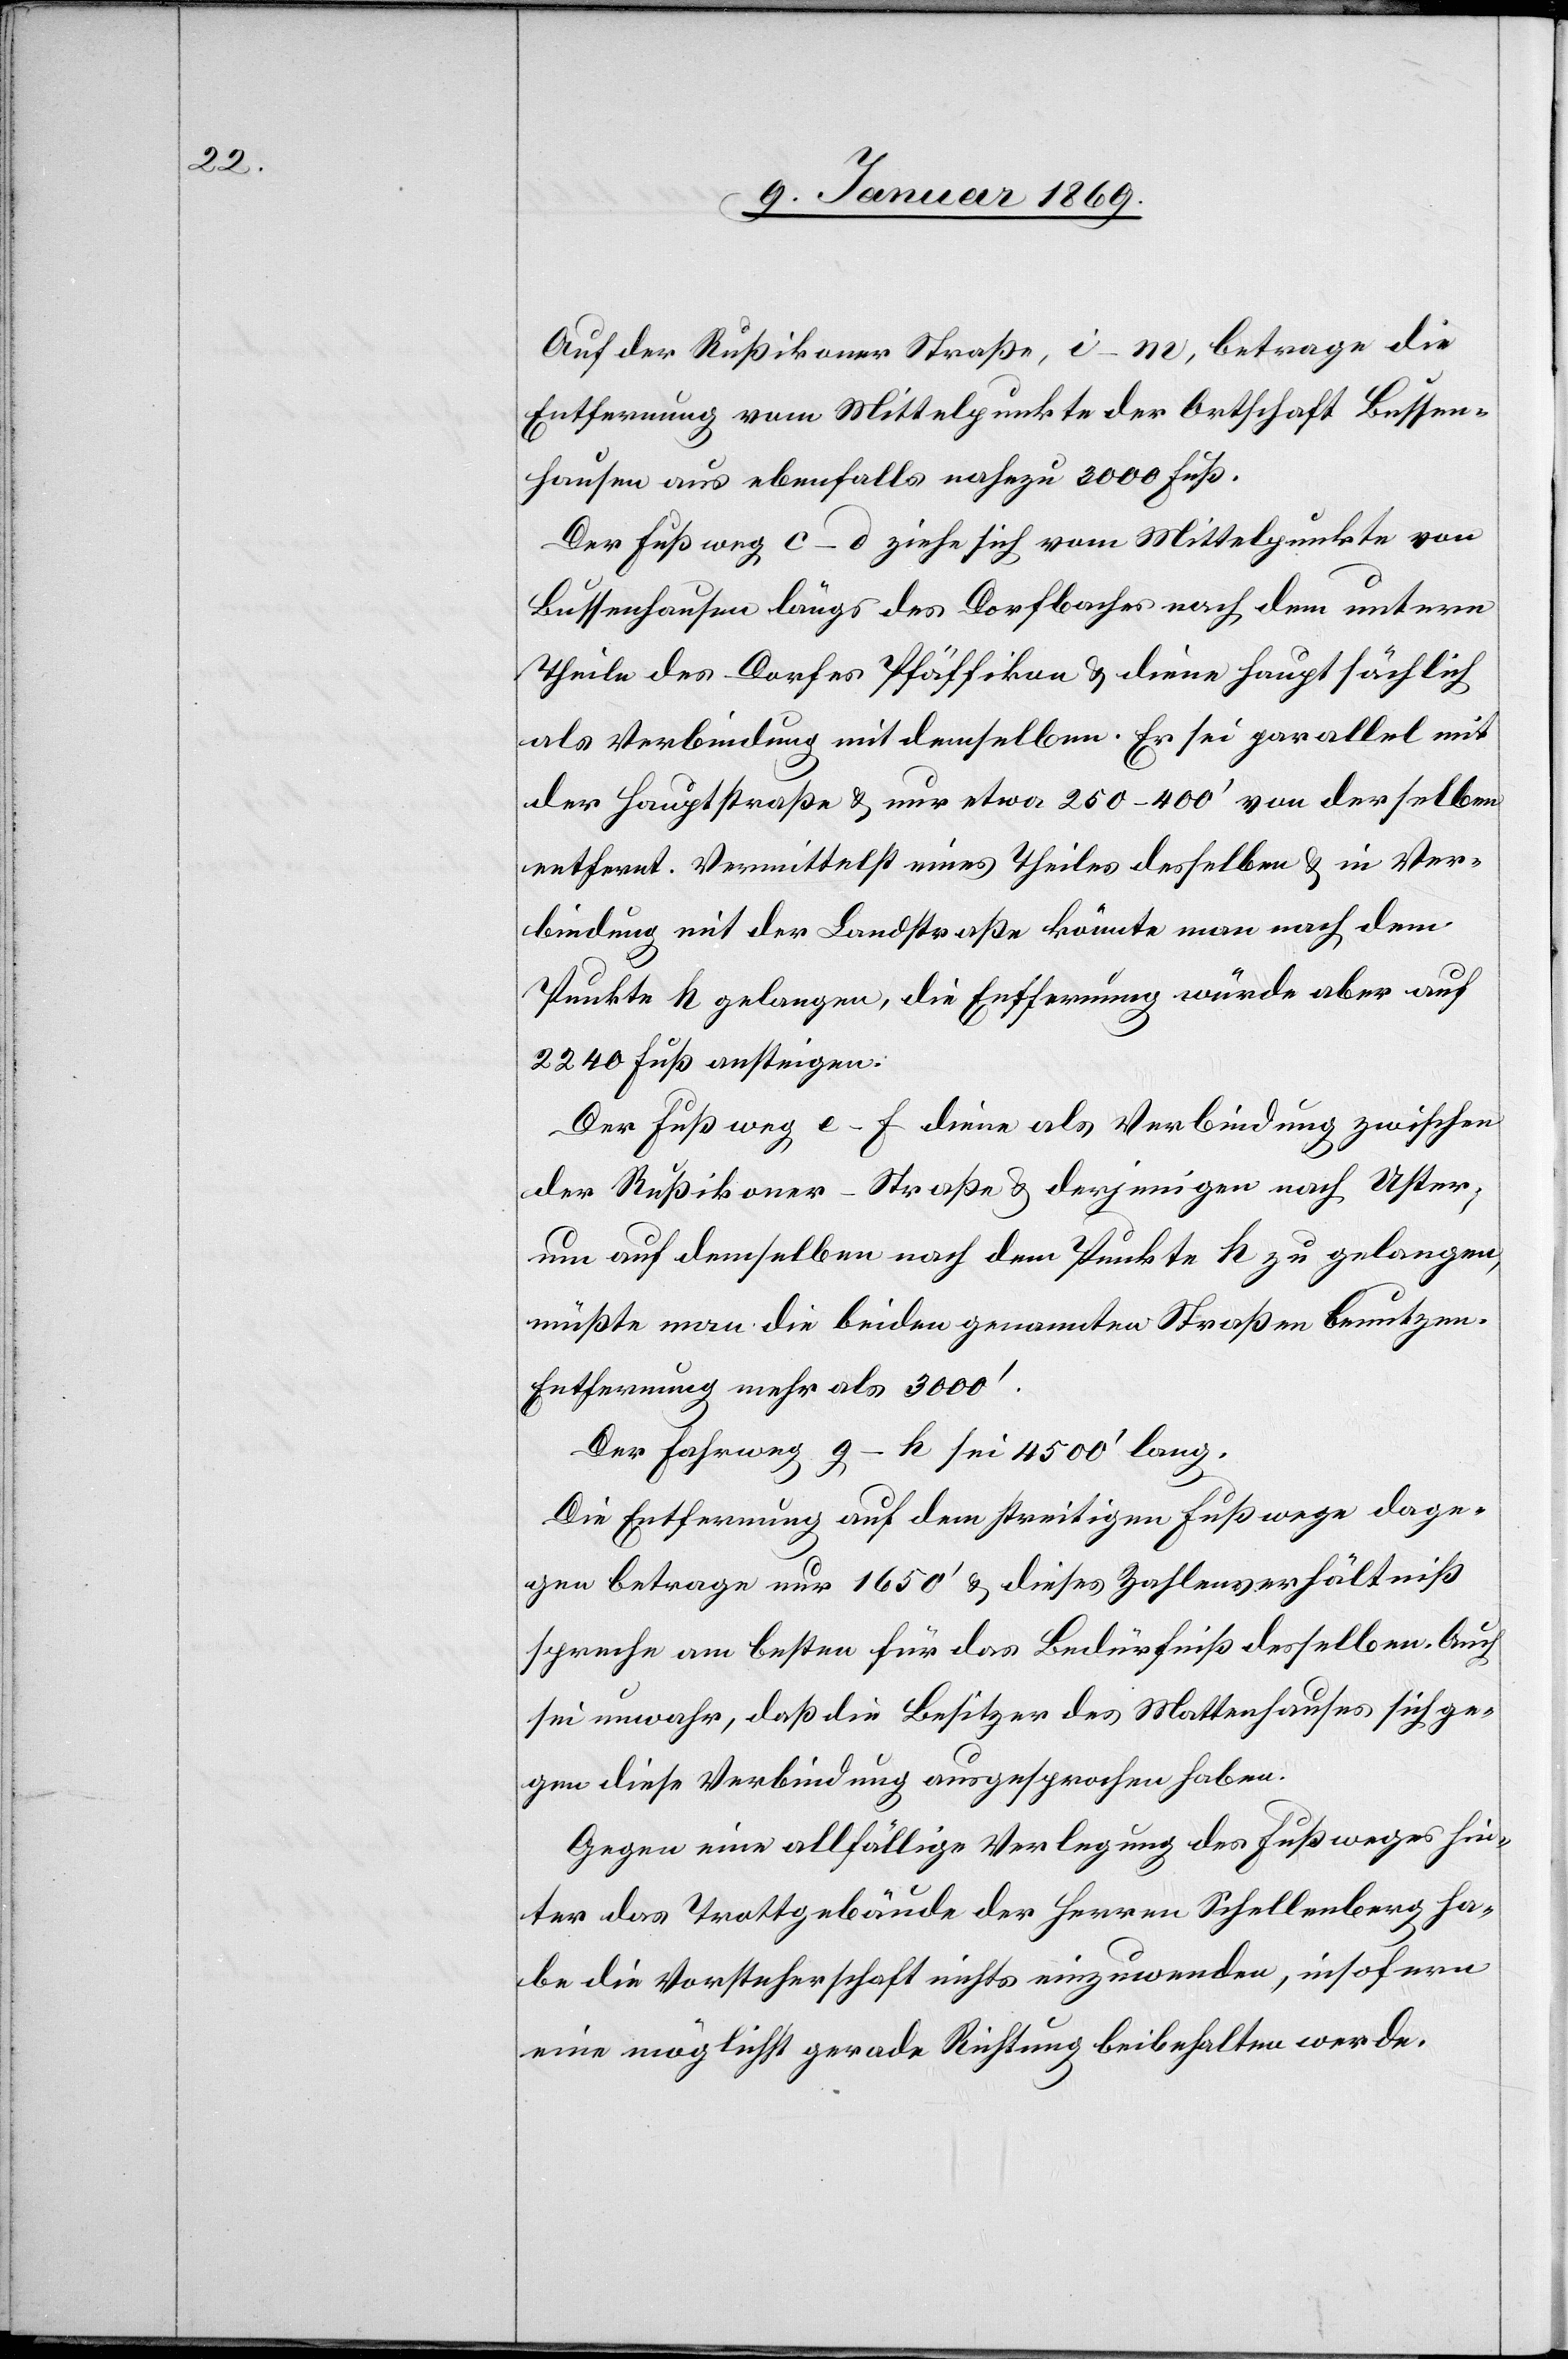
Auf der Rußikoner Straße, i–m, betrage die
Entfernung vom Mittelpunkte der Ortschaft Bussen¬
hausen aus ebenfalls nahezu 3000 Fuß.
Der Fußweg c–d ziehe sich vom Mittelpunkte von
Bussenhausen längs des Dorfbaches nach dem untern
Theile des Dorfes Pfäffikon u. diene hauptsächlich
als Verbindung mit demselben. Er sei parallel mit
der Hauptstraße u. nur etwa 250–400’ von derselben
entfernt. Vermittelst eines Theiles desselben u. in Ver¬
bindung mit der Landstraße könnte man nach dem
Punkte h gelangen, die Entfernung würde aber auf
2240 Fuß ansteigen.
Der Fußweg e–f diene als Verbindung zwischen
der Rußikoner-Straße u. derjenigen nach Uster;
um auf demselben nach dem Punkte h zu gelangen,
müßte man die beiden genannten Straßen benutzen.
Entfernung mehr als 3000’.
Der Fahrweg g–h sei 4500’ lang.
Die Entfernung auf dem streitigen Fußwege dage¬
gen betrage nur 1650’ u. dieses Zahlenverhältniß
spreche am besten für das Bedürfniß desselben. Auch
sei unwahr, daß die Besitzer des Mattenhauses sich ge¬
gen diese Verbindung ausgesprochen haben.
Gegen eine allfällige Verlegung des Fußweges hin¬
ter das Trottgebäude der Herren Schellenberg ha¬
be die Vorsteherschaft nichts einzuwenden, insofern
eine möglichst gerade Richtung beibehalten werde.